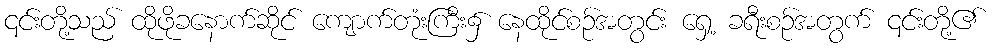
၎င်းတို့သည် ထိုဖိုခနောက်ဆိုင် ကျောက်တုံးကြီး၌ နေထိုင်စဉ်အတွင်း ရှေ့ ခရီးစဉ်အတွက် ၎င်းတို့၏